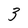
Character: 3